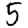
Digit: 5